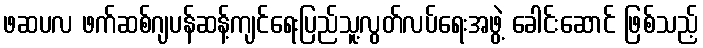
ဖဆပလ ဖက်ဆစ်ဂျပန်ဆန့်ကျင်ရေးပြည်သူ့လွတ်လပ်ရေးအဖွဲ့ ခေါင်းဆောင် ဖြစ်သည့်